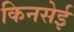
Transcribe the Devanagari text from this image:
किनसेई